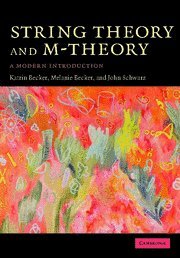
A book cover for String Theory and M-Theory: A Modern Introduction; Katrin Becker; Science & Math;